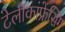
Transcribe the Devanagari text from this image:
टेलीकांफ्रेंसिंग